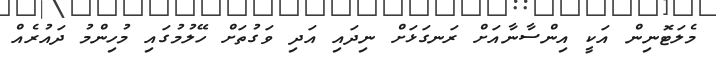
މެލަޓޮނިން އަކީ އިންސާނާއަށް ރަނގަޅަށް ނިދައި އަދި ވަގުތަށް ހޭލުމުގައި މުހިންމު ދައުރެއް